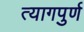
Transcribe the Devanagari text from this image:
त्यागपुर्ण